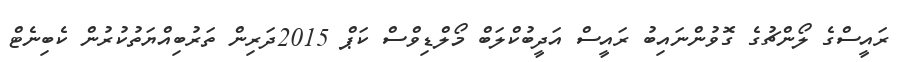
ރައީސްގެ ލޯންޗުގެ ގޮވުންނައިބު ރައީސް އަދީބުކްލަބް މޯލްޑިވްސް ކަޕް 2015ދަރިން ތަރުބިއްޔަތުކުރުން ކެބިނެޓް